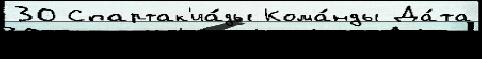
30 Спартак'иа́ды Кома́нды Да́та